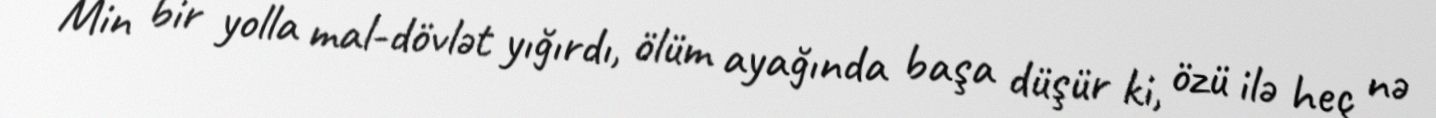
Min bir yolla mal-dövlət yığırdı, ölüm ayağında başa düşür ki, özü ilə heç nə